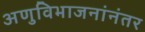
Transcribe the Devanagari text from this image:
अणुविभाजनांनंतर